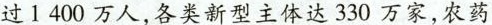
过1400万人，各类新型主体达330万家，农药